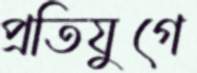
প্রতিযুগে